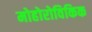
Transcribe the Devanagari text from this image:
मोहोरोविकिक